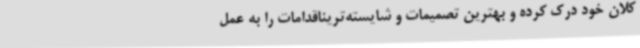
کلان خود درک کرده و بهترین تصمیمات و شایسته‌تریناقدامات را به عمل